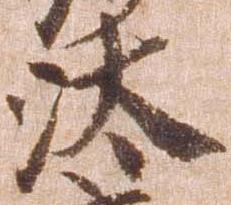
汰